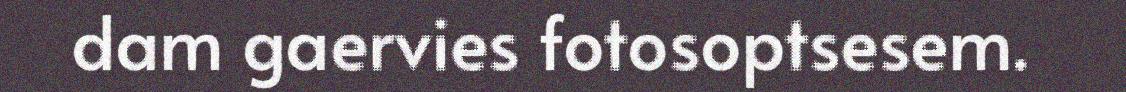
dam gaervies fotosoptsesem.